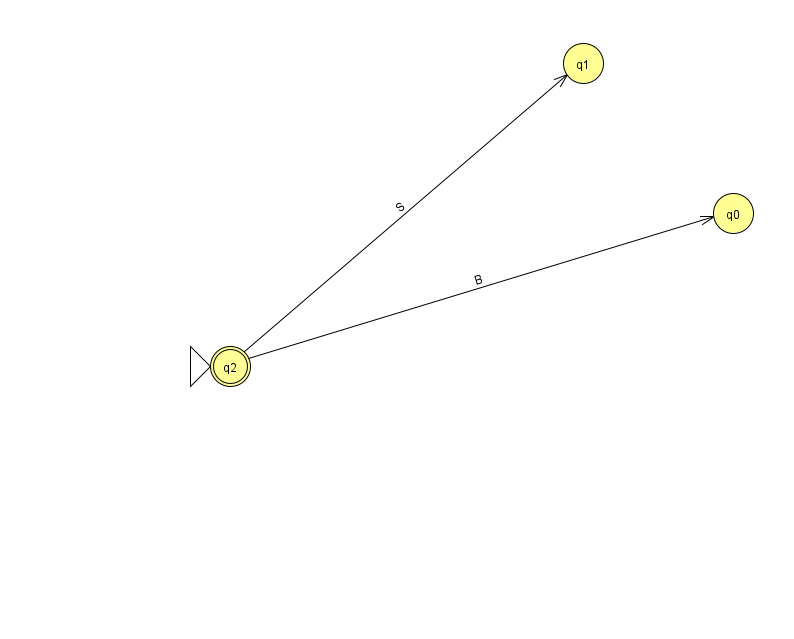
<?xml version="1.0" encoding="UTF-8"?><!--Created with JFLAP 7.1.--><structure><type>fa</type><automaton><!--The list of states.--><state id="0" name="q0"><x>733.0</x><y>200.0</y></state><state id="1" name="q1"><x>583.0</x><y>50.0</y></state><state id="2" name="q2"><x>230.0</x><y>353.0</y><initial/><final/></state><!--The list of transitions.--><transition><from>2</from><to>1</to><read>S</read></transition><transition><from>2</from><to>0</to><read>B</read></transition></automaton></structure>